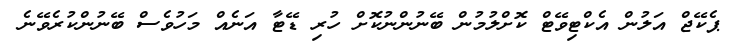
ޕެކޭޖް އަލުން އެކްޓިވޭޓް ކޮށްލުމުން ބޭނުންނުކޮށް ހުރި ޑޭޓާ އަނެއް މަހުވެސް ބޭނުންކުރެވޭނެ